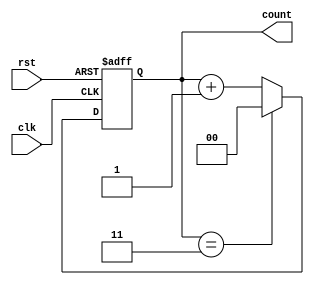
module binary_counter #(
    parameter N = 2  // Number of bits for the counter (default is 2 bits)
) (
    input wire clk,   // Clock input
    input wire rst,   // Asynchronous reset input
    output reg [N-1:0] count // Output count value
);

    // Maximum count value
    localparam MAX_COUNT = (1 << N) - 1; // 2^N - 1

    // State transition
    always @(posedge clk or posedge rst) begin
        if (rst) begin
            count <= 0; // Reset to initial state (0)
        end else begin
            if (count == MAX_COUNT) begin
                count <= 0; // Wrap around to 0
            end else begin
                count <= count + 1; // Increment the count
            end
        end
    end

endmodule